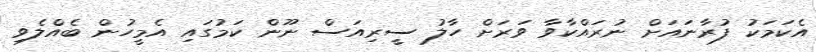
އެކަމަކު ފުރާނައަށް ނުރައްކާވާ ވަރަށް ހާލު ސީރިއަސް ނޫން ކަމުގައި އެމީހުން ބެއްލެވި